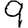
Digit: 9